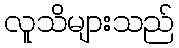
လူသိများသည်